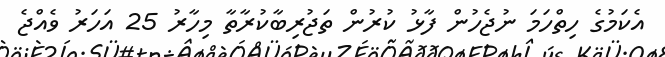
އެކަމުގެ ހިތްހަމަ ނުޖެހުން ފާޅު ކުރުން ތަޖުރިބާކުރާތާ މިހާރު 25 އަހަރު ވެއްޖެ